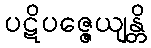
ပဋိပဇ္ဇေယျန္တိ